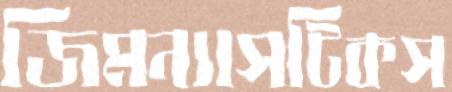
জিমন্যাসটিকস